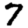
Digit: 7